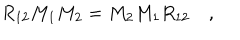
R _ { 1 2 } M _ { 1 } M _ { 2 } = M _ { 2 } M _ { 1 } R _ { 1 2 } \quad ,